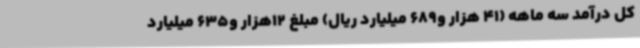
کل درآمد سه ماهه (41 هزار و689 میلیارد ریال) مبلغ 12هزار و635 میلیارد